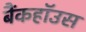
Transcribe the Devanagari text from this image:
बैंकहॉउस